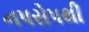
નપરોપથી